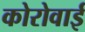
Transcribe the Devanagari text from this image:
कोरोवाई